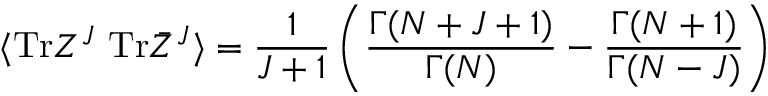
\langle \mathrm { T r } Z ^ { J } ~ \mathrm { T r } \bar { Z } ^ { J } \rangle = \frac { 1 } { J + 1 } \left( \frac { \Gamma ( N + J + 1 ) } { \Gamma ( N ) } - \frac { \Gamma ( N + 1 ) } { \Gamma ( N - J ) } \right)